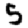
Digit: 5